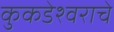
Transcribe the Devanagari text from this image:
कुकडेश्वराचे